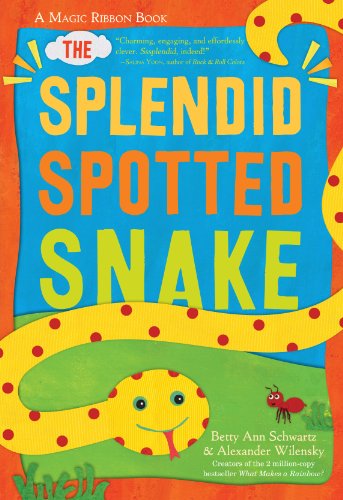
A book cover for The Splendid Spotted Snake: A Magic Ribbon Book; Alexander Wilensky; Children's Books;